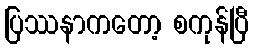
ပြဿနာကတော့ စကုန်ပြီ